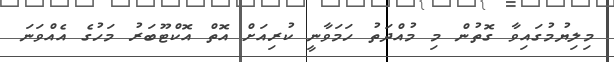
މިލިޔުމުގައިވާ ގޮތުން މި މުއްދަތު ހަމަވާނީ ކުރިއަށް އޮތް އޮކްޓޫބަރު މަހުގެ އެއްވަނަ